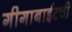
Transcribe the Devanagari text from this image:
गीगाबाईटची